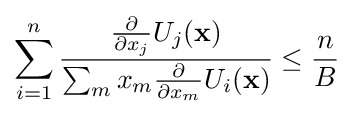
\sum _{i=1}^{n}{\frac {{\frac {\partial }{\partial x_{j}}}U_{j}(\mathbf {x} )}{\sum _{m}x_{m}{{\frac {\partial }{\partial x_{m}}}U_{i}(\mathbf {x} )}}}\leq {\frac {n}{B}}